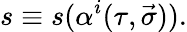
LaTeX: s\equiv s(\alpha^{i}(\tau,\vec{\sigma})).